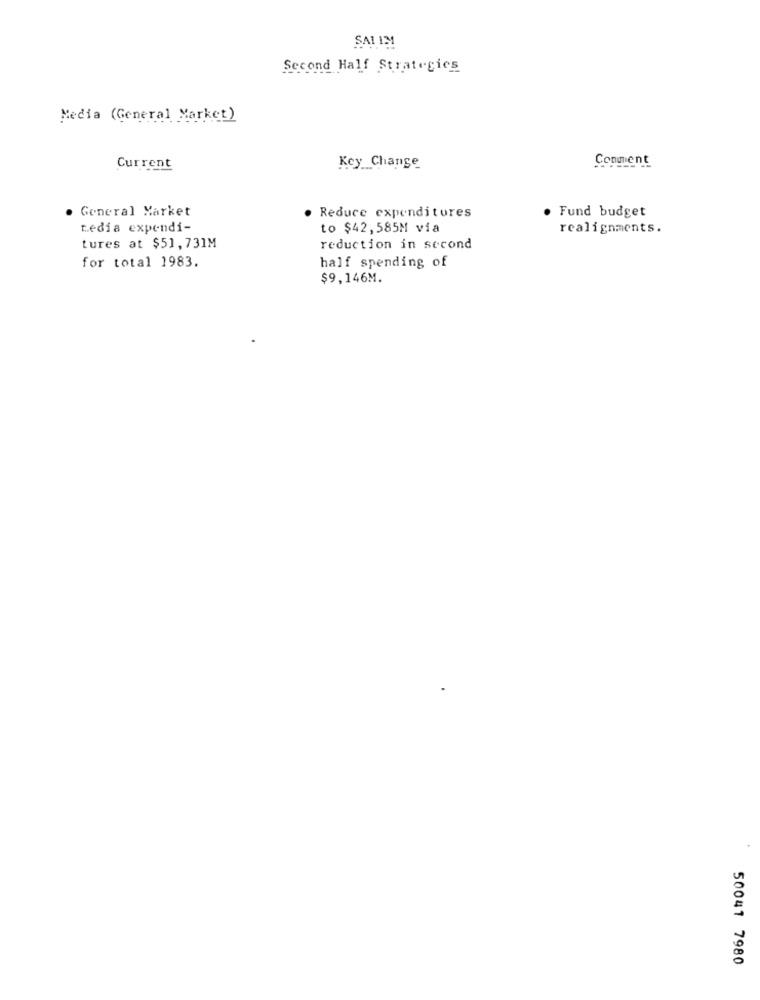
SAL IM
Second Half Strategies
Media (General Market)
Comment
Current
Key Change
· Fund budget
· General Market
· Reduce expenditures
Ledia expendi-
to $42,585M via
realignments.
tures at $51,731M
reduction in second
for total 1983.
half spending of
$9,146M.
50041 7980